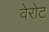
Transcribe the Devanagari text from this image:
वेरोट